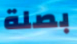
بصلة